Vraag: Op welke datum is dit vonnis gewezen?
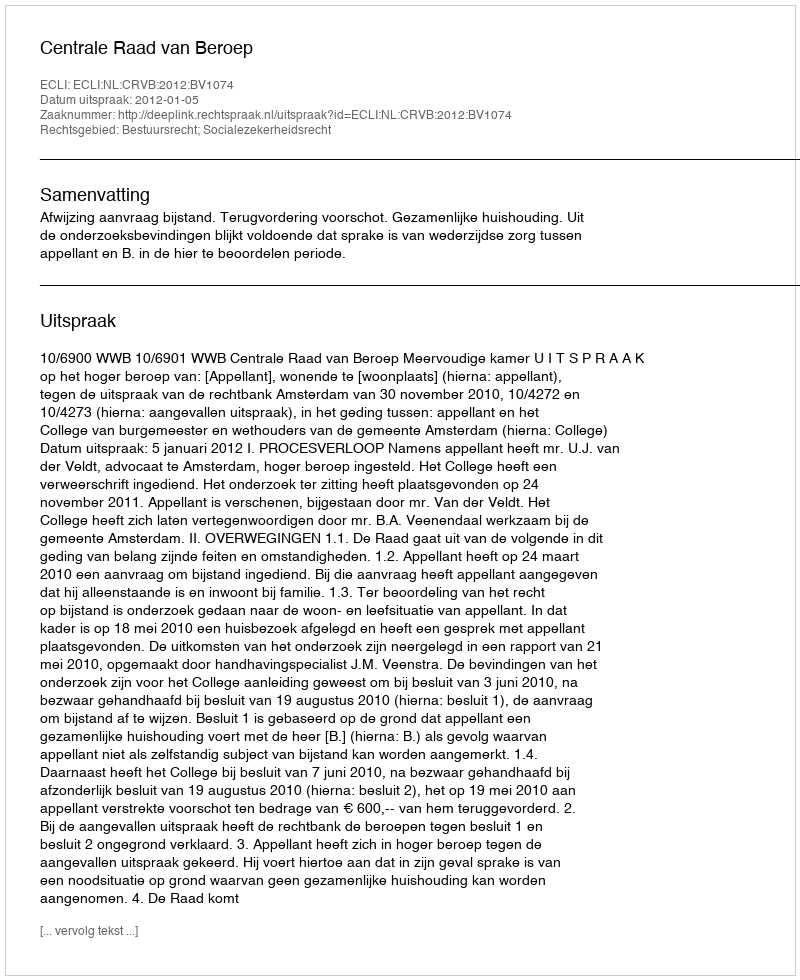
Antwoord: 2012-01-05